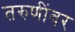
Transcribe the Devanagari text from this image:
तरुणींवर